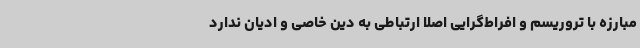
مبارزه با تروریسم و افراط‌گرایی اصلا ارتباطی به دین خاصی و ادیان ندارد